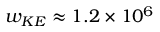
w _ { K E } \approx 1 . 2 \times 1 0 ^ { 6 }